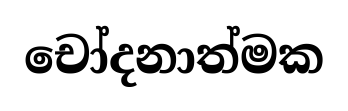
චෝදනාත්මක